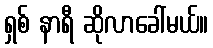
ရှစ် နာရီ ဆိုလာခေါ်မယ်။